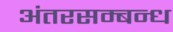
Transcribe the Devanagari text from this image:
अंतरसम्बन्ध